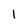
Character: 1